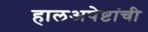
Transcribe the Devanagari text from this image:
हालअपेष्टांची